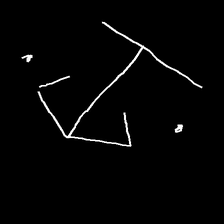
Glyph: earth